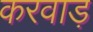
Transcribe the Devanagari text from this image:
करवाड़